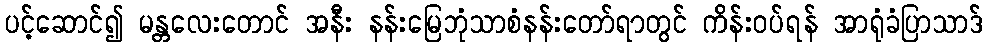
ပင့်ဆောင်၍ မန္တလေးတောင် အနီး နန်းမြေဘုံသာစံနန်းတော်ရာတွင် ကိန်းဝပ်ရန် အာရုံခံပြာသာဒ်